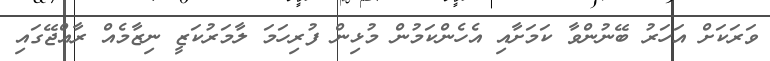
ވަރަކަށް އަހަރު ބޭނުންވާ ކަމަށާއި އެހެންކަމުން މުޅިން ފުރިހަމަ ލާމަރުކަޒީ ނިޒާމެއް ރާއްޖޭގައި